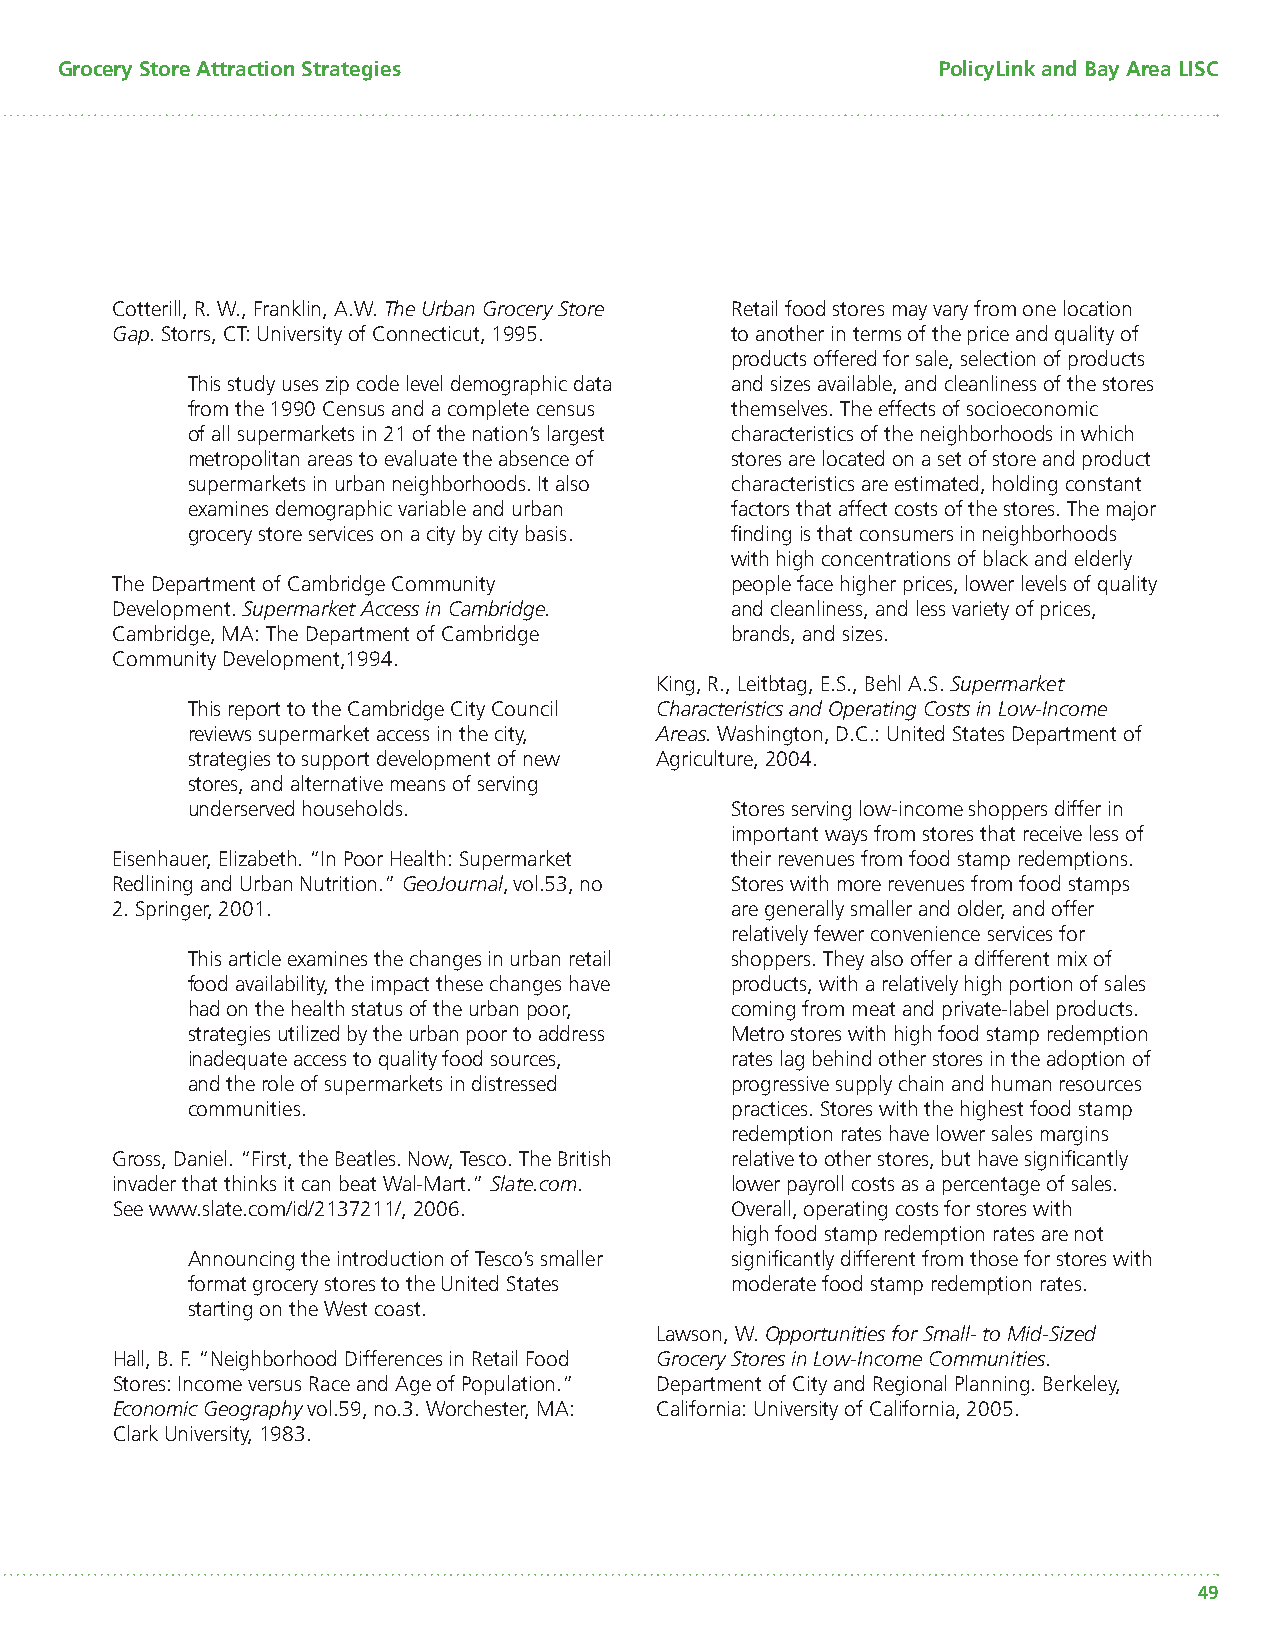
Grocery Store Attraction Strategies                       PolicyLink and Bay Area LISC
 Cotterill, R. W., Franklin, A.W. The Urban Grocery Store Retail food stores may vary from one location
 Gap. Storrs, CT: University of Connecticut, 1995. to another in terms of the price and quality of
 products offered for sale, selection of products
 This study uses zip code level demographic data and sizes available, and cleanliness of the stores
 from the 1990 Census and a complete census themselves. The effects of socioeconomic
 of all supermarkets in 21 of the nation’s largest characteristics of the neighborhoods in which
 metropolitan areas to evaluate the absence of stores are located on a set of store and product
 supermarkets in urban neighborhoods. It also characteristics are estimated, holding constant
 examines demographic variable and urban factors that affect costs of the stores. The major
 grocery store services on a city by city basis. fi nding is that consumers in neighborhoods
 with high concentrations of black and elderly
 The Department of Cambridge Community    people face higher prices, lower levels of quality
 Development. Supermarket Access in Cambridge. and cleanliness, and less variety of prices,
 Cambridge, MA: The Department of Cambridge brands, and sizes.
 Community Development,1994.
 King, R., Leitbtag, E.S., Behl A.S. Supermarket
 This report to the Cambridge City Council Characteristics and Operating Costs in Low-Income
 reviews supermarket access in the city, Areas. Washington, D.C.: United States Department of
 strategies to support development of new Agriculture, 2004.
 stores, and alternative means of serving
 underserved households.             Stores serving low-income shoppers differ in
 important ways from stores that receive less of
 Eisenhauer, Elizabeth. “In Poor Health: Supermarket their revenues from food stamp redemptions.
 Redlining and Urban Nutrition.” GeoJournal, vol.53, no Stores with more revenues from food stamps
 2. Springer, 2001.                       are generally smaller and older, and offer
 relatively fewer convenience services for
 This article examines the changes in urban retail shoppers. They also offer a different mix of
 food availability, the impact these changes have products, with a relatively high portion of sales
 had on the health status of the urban poor, coming from meat and private-label products.
 strategies utilized by the urban poor to address Metro stores with high food stamp redemption
 inadequate access to quality food sources, rates lag behind other stores in the adoption of
 and the role of supermarkets in distressed progressive supply chain and human resources
 communities.                        practices. Stores with the highest food stamp
 redemption rates have lower sales margins
 Gross, Daniel. “First, the Beatles. Now, Tesco. The British relative to other stores, but have signifi cantly
 invader that thinks it can beat Wal-Mart.” Slate.com. lower payroll costs as a percentage of sales.
 See www.slate.com/id/2137211/, 2006.     Overall, operating costs for stores with
 high food stamp redemption rates are not
 Announcing the introduction of Tesco’s smaller signifi cantly different from those for stores with
 format grocery stores to the United States moderate food stamp redemption rates.
 starting on the West coast.
 Lawson, W. Opportunities for Small- to Mid-Sized
 Hall, B. F. “Neighborhood Differences in Retail Food Grocery Stores in Low-Income Communities.
 Stores: Income versus Race and Age of Population.” Department of City and Regional Planning. Berkeley,
 Economic Geography vol.59, no.3. Worchester, MA: California: University of California, 2005.
 Clark University, 1983.
 49